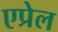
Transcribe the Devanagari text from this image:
एप्रेल